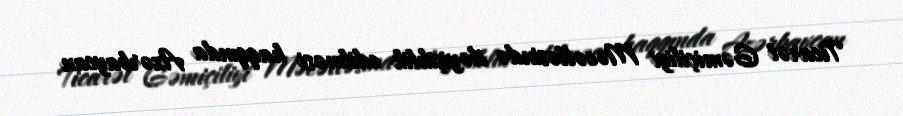
Ticarət Gəmiçiliyi Məcəlləsində dəyişiklik edilməsi haqqında Azərbaycan